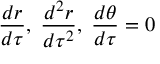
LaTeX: { \frac { d r } { d \tau } } , \; { \frac { d ^ { 2 } r } { d \tau ^ { 2 } } } , \; { \frac { d \theta } { d \tau } } = 0